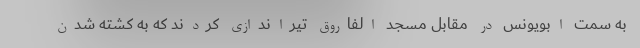
به سمت ابویونس در مقابل مسجد الفاروق تیراندازی کردند که به کشته شدن